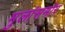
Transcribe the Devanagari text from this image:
मुलांसमोर